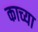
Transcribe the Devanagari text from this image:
काच्या